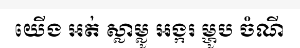
យើង អត់ ស្លាម្លូ អង្ករ ម្ហូប ចំណី